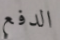
الدفع